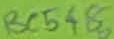
Text: BC548